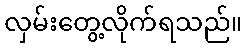
လှမ်းတွေ့လိုက်ရသည်။